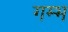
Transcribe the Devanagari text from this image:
गम्भ